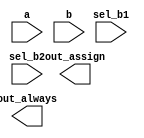
// Build a 2-to-1 mux that chooses between a and b. 
// Choose b if both sel_b1 and sel_b2 are true. Otherwise, choose a. 
// Do the same twice, once using assign statements and once using a procedural if statement.

// synthesis verilog_input_version verilog_2001
module top_module(
    input a,
    input b,
    input sel_b1,
    input sel_b2,
    output wire out_assign,
    output reg out_always   ); 

    // Insert your code here
    
endmodule